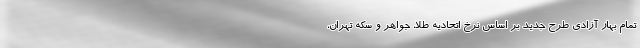
تمام بهار آزادی طرح جدید بر اساس نرخ اتحادیه طلا، جواهر و سکه تهران،